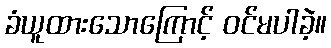
ခံယူထားသောကြောင့် ဝင်မပါခဲ့။